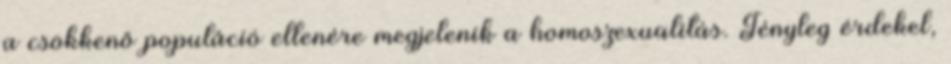
a csökkenő populáció ellenére megjelenik a homoszexualitás. Tényleg érdekel,